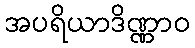
အပရိယာဒိဏ္ဏာဝ